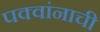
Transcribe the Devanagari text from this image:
पक्वांनाची